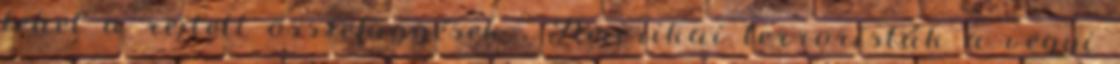
lehet a rejtett összefüggések . Amerikai terroristák a vegyi